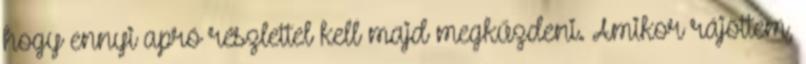
hogy ennyi apró részlettel kell majd megkűzdeni. Amikor rájöttem,